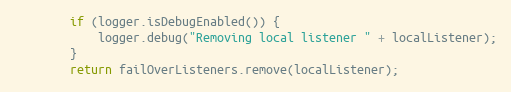
Language: Java
		if (logger.isDebugEnabled()) {
			logger.debug("Removing local listener " + localListener);
		}
		return failOverListeners.remove(localListener);